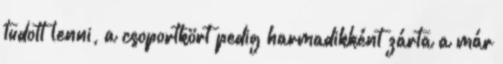
tudott lenni, a csoportkört pedig harmadikként zárta a már